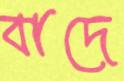
বাদে